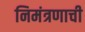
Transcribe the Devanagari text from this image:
निमंत्रणाची